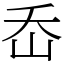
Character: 岙